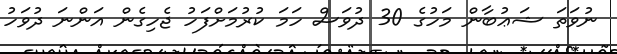
ނުވަތަ ޝަޢުބާން މަހުގެ 30 ދުވަސް ހަމަ ކުރުމަށްފަހު ޖެހިގެން އަންނަ ދުވަހު